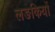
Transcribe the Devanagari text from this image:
लङकियों